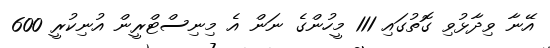
އޭނާ ވިދާޅުވި ގޮތުގައި 111 މީހުންގެ ނަން އެ މިނިސްޓްރީން އުނިކުރީ 600